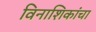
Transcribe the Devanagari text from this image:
विनाशिकांचा